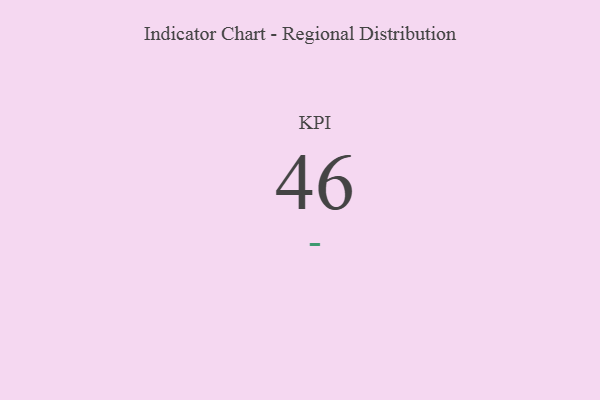
{"axis": {"x": "KPI", "y": "Value"}, "legend": [""], "data": [{"x": "KPI", "y": 46, "type": ""}]}